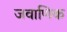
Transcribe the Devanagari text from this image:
जवाणिक